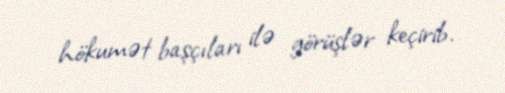
hökumət başçıları ilə görüşlər keçirib.